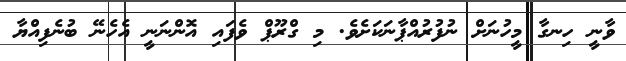
ވާނީ ހިނގާ މީހުނަށް ނުފުރުއްޕާނަކަށެވެ. މި ގްރޫޕް ވެފައި އޮންނަނީ އެހެނޭ ބުނެފިއްޔާ